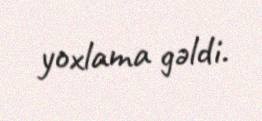
yoxlama gəldi.